Vaccination in the Punjab 1905-1918 - 1905-1918
Year: 1905
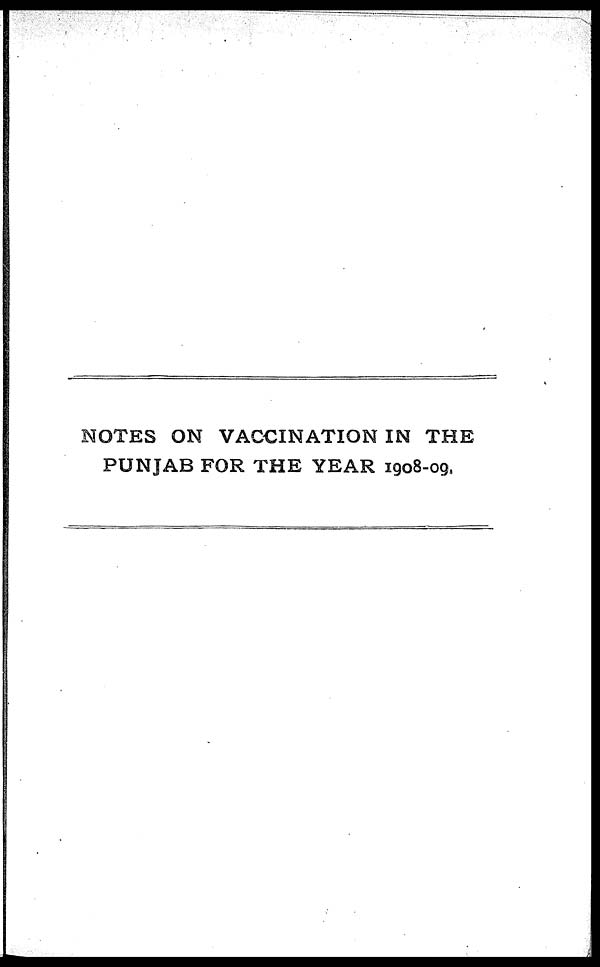
NOTES ON VACCINATION IN THE
PUNJAB FOR THE YEAR 1908-09.